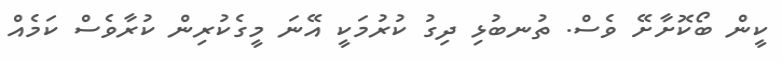
ކީން ބޯކޮށާށޭ ވެސް. ތުނބުޅި ދިގު ކުރުމަކީ އޭނަ މީގެކުރިން ކުރާވެސް ކަމެއް